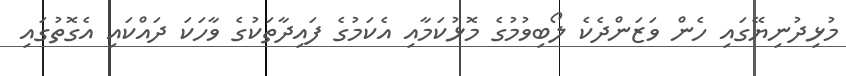
މުޅިދުނިޔޭގައި ހެން ވަޒަންދެކެ ލޯބިވުމުގެ މޮޅުކަމާއި އެކަމުގެ ފައިދާތަކުގެ ވާހަކަ ދައްކައި އެގޮތުގައި